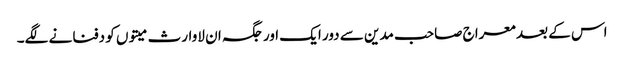
اس کے بعد معراج صاحب مدین سے دور ایک اور جگہ ان لاوارث میتوں کو دفنانے لگے۔